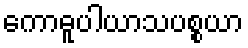
ကောဓူပါယာသပစ္စယာ